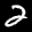
Label: 2